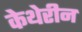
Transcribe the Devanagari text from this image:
केथेरीन